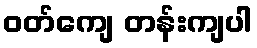
ဝတ်ကျေ တန်းကျပါ